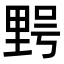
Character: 𮡔